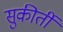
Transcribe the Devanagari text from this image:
सुकीर्ती